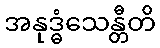
အနုဒ္ဓံသေန္တီတိ